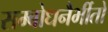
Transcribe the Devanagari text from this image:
सम्बोधनैर्भीतो